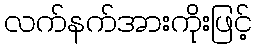
လက်နက်အားကိုးဖြင့်